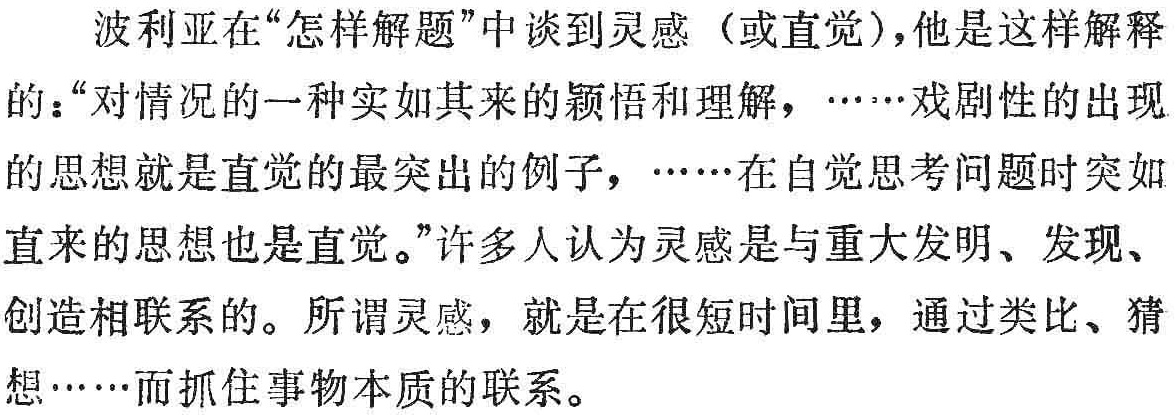
波利亚在“怎样解题”中谈到灵感（或直觉），他是这样解释的：“对情况的一种实如其来的颖悟和理解，……戏剧性的出现的思想就是直觉的最突出的例子，……在自觉思考问题时突如其来的思想也是直觉。”许多人认为灵感是与重大发明、发现、创造相联系的。所谓灵感，就是在很短时间里，通过类比、猜想……而抓住事物本质的联系。